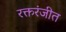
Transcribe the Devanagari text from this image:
रक्तरंजीत